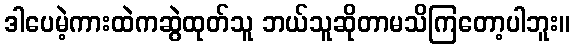
ဒါပေမဲ့ကားထဲကဆွဲထုတ်သူ ဘယ်သူဆိုတာမသိကြတော့ပါဘူး။